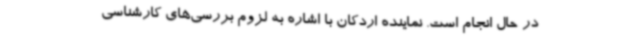
در حال انجام است. نماینده اردکان با اشاره به لزوم بررسی‌های کارشناسی